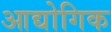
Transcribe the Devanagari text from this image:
आद्योगिक